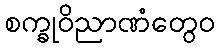
စက္ခုဝိညာဏံတွေဝ